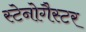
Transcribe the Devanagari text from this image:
स्टेनोगैस्टर